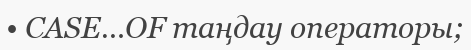
• CASE…OF таңдау операторы;